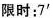
限时:7'